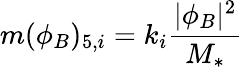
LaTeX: m(\phi_{B})_{5,i}=k_{i}\frac{|\phi_{B}|^{2}}{M_{*}}